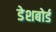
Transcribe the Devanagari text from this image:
डेशबोर्ड